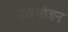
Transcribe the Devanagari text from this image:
गावभोजन